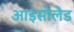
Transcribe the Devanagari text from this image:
आइसोलेड